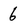
Character: 6